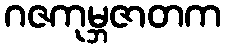
ဂဇကုမ္ဘဇာတက